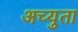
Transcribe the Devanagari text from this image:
अच्युता